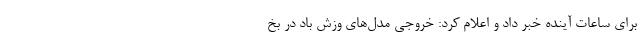
برای ساعات آینده خبر داد و اعلام کرد: خروجی مدل‌های وزش باد در بخ